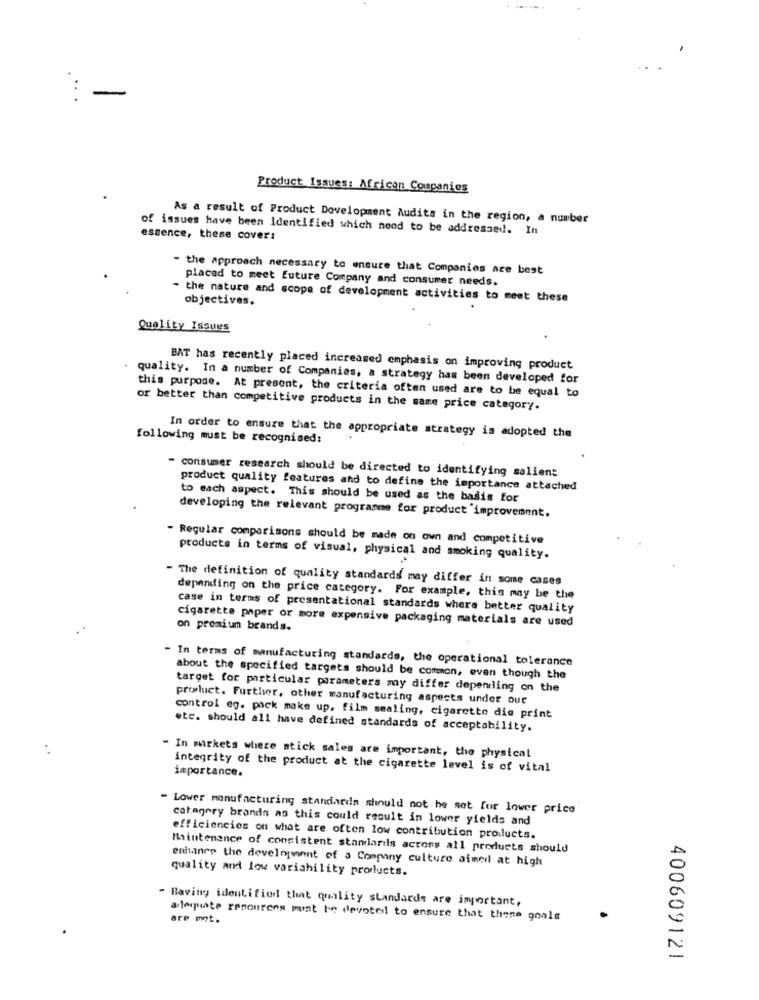
:-
Product Issues: African Companies
As a result of Product Development Audits in the region, a number
of issues have been Identified which nood to be addressed. In
essence, these cover:
- the approach necessary to ensure that Companies are best
placed to meet future Company and consumer needs.
the nature and scope of development activities to meet these
objectives.
Quality Issues
BAT has recently placed increased emphasis on improving product
quality. In a number of Companies, a strategy has been developed for
this purpose. At present, the criteria often used are to be equal to
or better than competitive products in the same price category.
following must be recognised:
In order to ensure that the appropriate strategy is adopted the
consumer research should be directed to identifying salient
product quality features and to define the importance attached
to each aspect. This should be used as the basis for
developing the relevant programme for product improvement.
- Regular comparisons should be made on own and competitive
products in terms of visual, physical and smoking quality.
- The definition of quality standards may differ in some cases
depending on the price category. For example, this may be the
case in terms of presentational standards where better quality
cigarette paper or more expensive packaging materials are used
on premium brands.
- In terms of manufacturing standards, the operational tolerance
about the specified targets should be common, even though the
target for particular parameters may differ depending on the
product. Further, other manufacturing aspects under our
control eg. pack make up. film sealing, cigarette die print
etc. should all have defined standards of acceptability.
- In mirkets where stick sales are important, the physical
integrity of the product at the cigarette level is of vital
importance.
Lower manufacturing standards should not be set for lower price
category brands as this could result in lower yields and
efficiencies on what are often low contribution products.
Maintenance of consistent standards across all products should
enhance the develn winnt of a Company culture aimed at high
quality and low variability products.
- Baviny identified that quality standards are important,
are met.
adequate resources must be devoted to ensure that thene goals
400609121